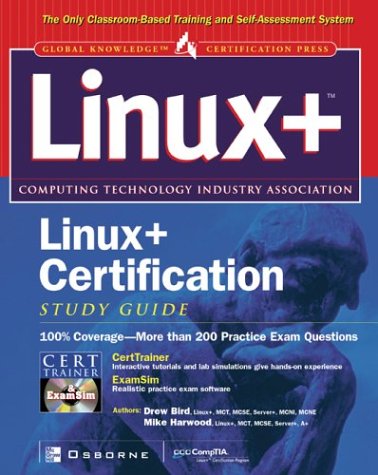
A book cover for Linux+ (TM)Certification Study Guide; Drew Bird; Computers & Technology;